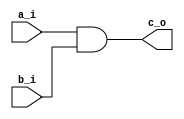
module andGate (
	input	a_i,
	input	b_i,
	output	c_o
);

assign c_o = a_i&b_i;

endmodule